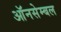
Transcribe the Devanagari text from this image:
ऑनसेम्बल